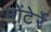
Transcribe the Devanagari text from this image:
मोंटेर्रे